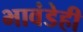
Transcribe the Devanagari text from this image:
भावंडेही